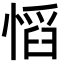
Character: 慆